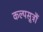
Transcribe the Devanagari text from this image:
कल्पसूत्रौं